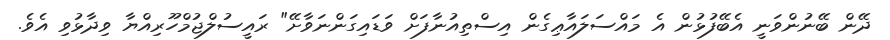
ދޭން ބޭނުންވަނީ އެބޭފުޅުން އެ މައްސަލައާޢިގެން އިސްތިއުނާފަށް ވަޑައިގަންނަވާށޭ" ރައީސުލްޖުމްހޫރިއްޔާ ވިދާޅުވި އެވެ.